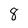
Character: 8